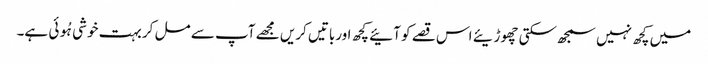
میں کچھ نہیں سمجھ سکتی چھوڑیئے اس قصے کو آئیے کچھ اورباتیں کریں مجھے آپ سے مل کر بہت خوشی ہُوئی ہے۔